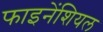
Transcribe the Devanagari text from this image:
फाइनेंशियल